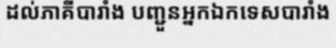
ដល់ភាគីបារាំង បញ្ជួនអ្នកឯកទេសបារាំង